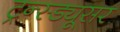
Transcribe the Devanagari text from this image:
ट्रन्स्ड्यूसर